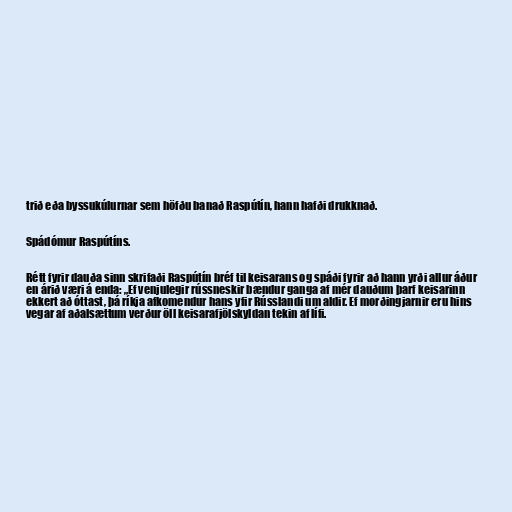
trið eða byssukúlurnar sem höfðu banað Raspútín, hann hafði drukknað.

Spádómur Raspútíns.

Rétt fyrir dauða sinn skrifaði Raspútín bréf til keisarans og spáði fyrir að hann yrði allur áður
en árið væri á enda: „Ef venjulegir rússneskir bændur ganga af mér dauðum þarf keisarinn
ekkert að óttast, þá ríkja afkomendur hans yfir Rússlandi um aldir. Ef morðingjarnir eru hins
vegar af aðalsættum verður öll keisarafjölskyldan tekin af lífi.